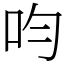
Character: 呁